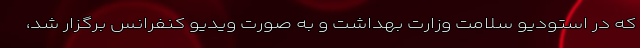
که در استودیو سلامت وزارت بهداشت و به صورت ویدیو کنفرانس برگزار شد،